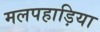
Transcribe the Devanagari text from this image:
मलपहाड़िया